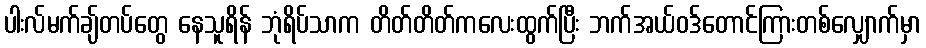
ပါးလ်မက်ချ်တပ်တွေ နေသူရိန် ဘုံရိပ်သာက တိတ်တိတ်ကလေးထွက်ပြီး ဘက်အယ်ဝဒ်တောင်ကြားတစ်လျှောက်မှာ